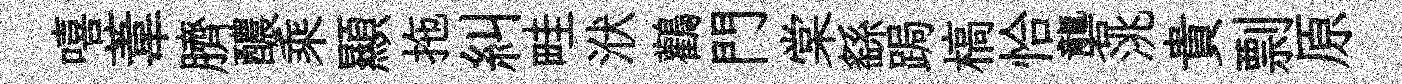
嘻葦臍醲乘顯拖糾畦洑鸛門棠繇跼槁恰礱洮貴剽原